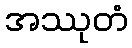
အဿုတံ